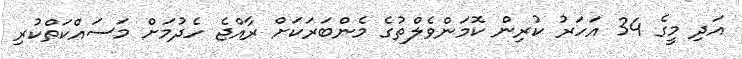
އަދި މީގެ 34 އަހަރު ކުރިން ކޮމަންވެލްތުގެ މެންބަރަކަށް ރާއްޖެ ހެދުމަށް މަސައްކަތްކުރި